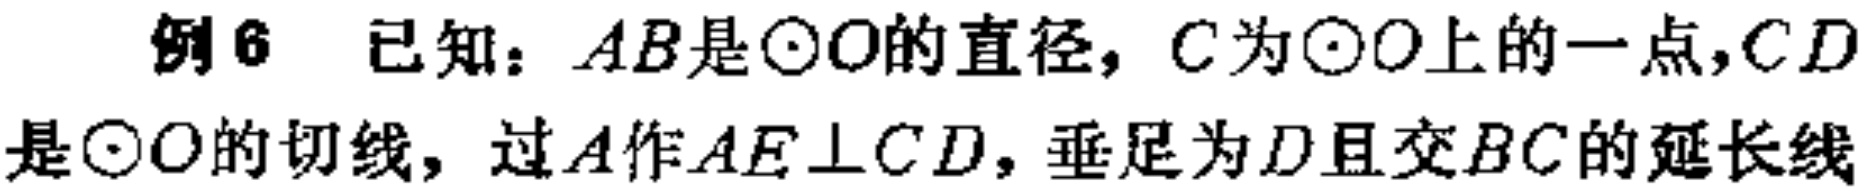
例6 已知：$AB$是$\odot O$的直径，$C$为$\odot O$上的一点，$CD$是$\odot O$的切线，过$A$作$AE\perp CD$，垂足为$D$且交$BC$的延长线